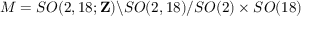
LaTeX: { \cal M } = S O ( 2 , 1 8 ; { \bf Z } ) \backslash S O ( 2 , 1 8 ) / S O ( 2 ) \times S O ( 1 8 )